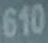
610